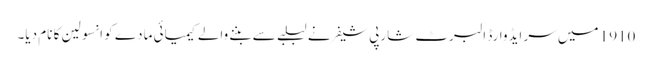
1910 میں‌ سر ایڈوارڈ البرٹ شارپی شیفر نے لبلبے سے بننے والے کیمیائی مادے کو انسولین کا نام دیا۔